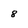
Character: 8